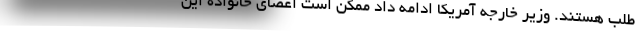
طلب هستند. وزیر خارجه آمریکا ادامه داد ممکن است اعضای خانواده این